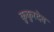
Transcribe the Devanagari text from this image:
कुकुरदेव